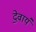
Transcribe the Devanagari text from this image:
दे॒वाय॑